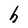
Character: h